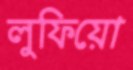
লুফিয়ো